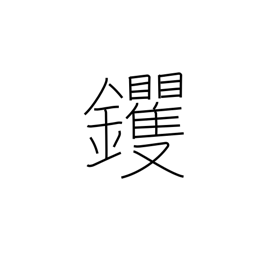
Meaning: hoe